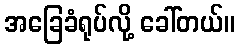
အခြေခံရုပ်လို့ ခေါ်တယ်။